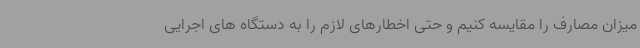
میزان مصارف را مقایسه کنیم و حتی اخطارهای لازم را به دستگاه های اجرایی